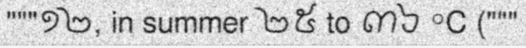
"""១២, in summer ២៥ to ៣៦ °C ("""